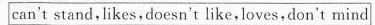
can^{\prime}t,stand,likes,doesn^{\prime}t,like,loves,don{\prime}t,mind